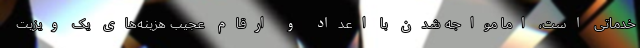
خدماتی است، اما مواجه شدن با اعداد و ارقام عجیب هزینه‌های یک ویزیت